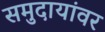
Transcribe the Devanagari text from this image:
समुदायांवर